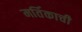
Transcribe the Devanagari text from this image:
मर्तिकाची